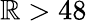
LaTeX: \mathbb{R}>48